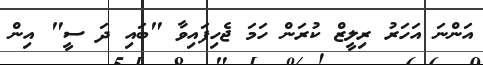
އަންނަ އަހަރު ރިލީޒް ކުރަން ހަމަ ޖެހިފައިވާ "ބައި ދަ ސީ" އިން